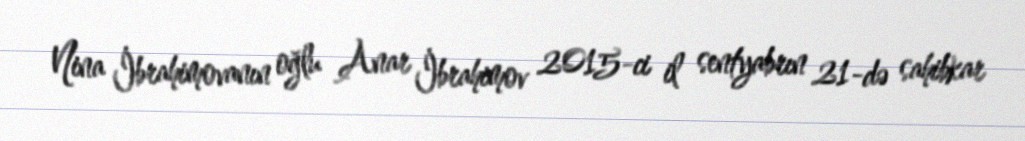
Nina İbrahimovanın oğlu Anar İbrahimov 2015-ci il sentyabrın 21-də sahibkar